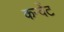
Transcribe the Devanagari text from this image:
कन्वेंट